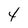
Character: 4